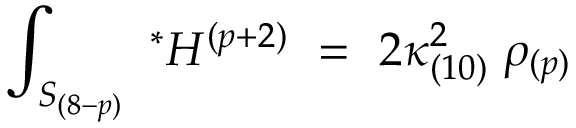
\int _ { S _ { ( 8 - p ) } } \ ^ { * } H ^ { ( p + 2 ) } \ = \ 2 \kappa _ { ( 1 0 ) } ^ { 2 } \; \rho _ { ( p ) }